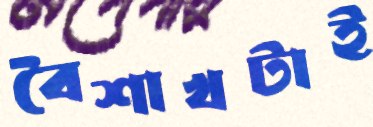
বৈশাখটাই